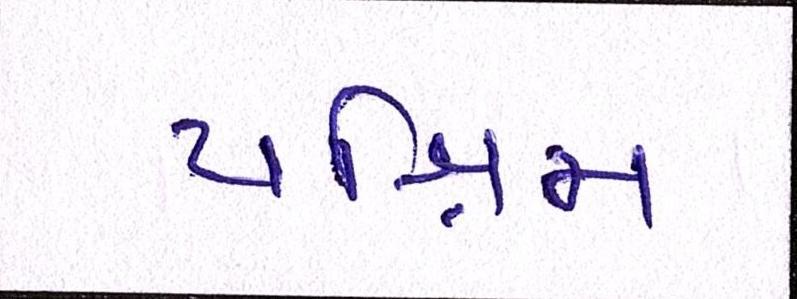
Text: પશ્ચિમ